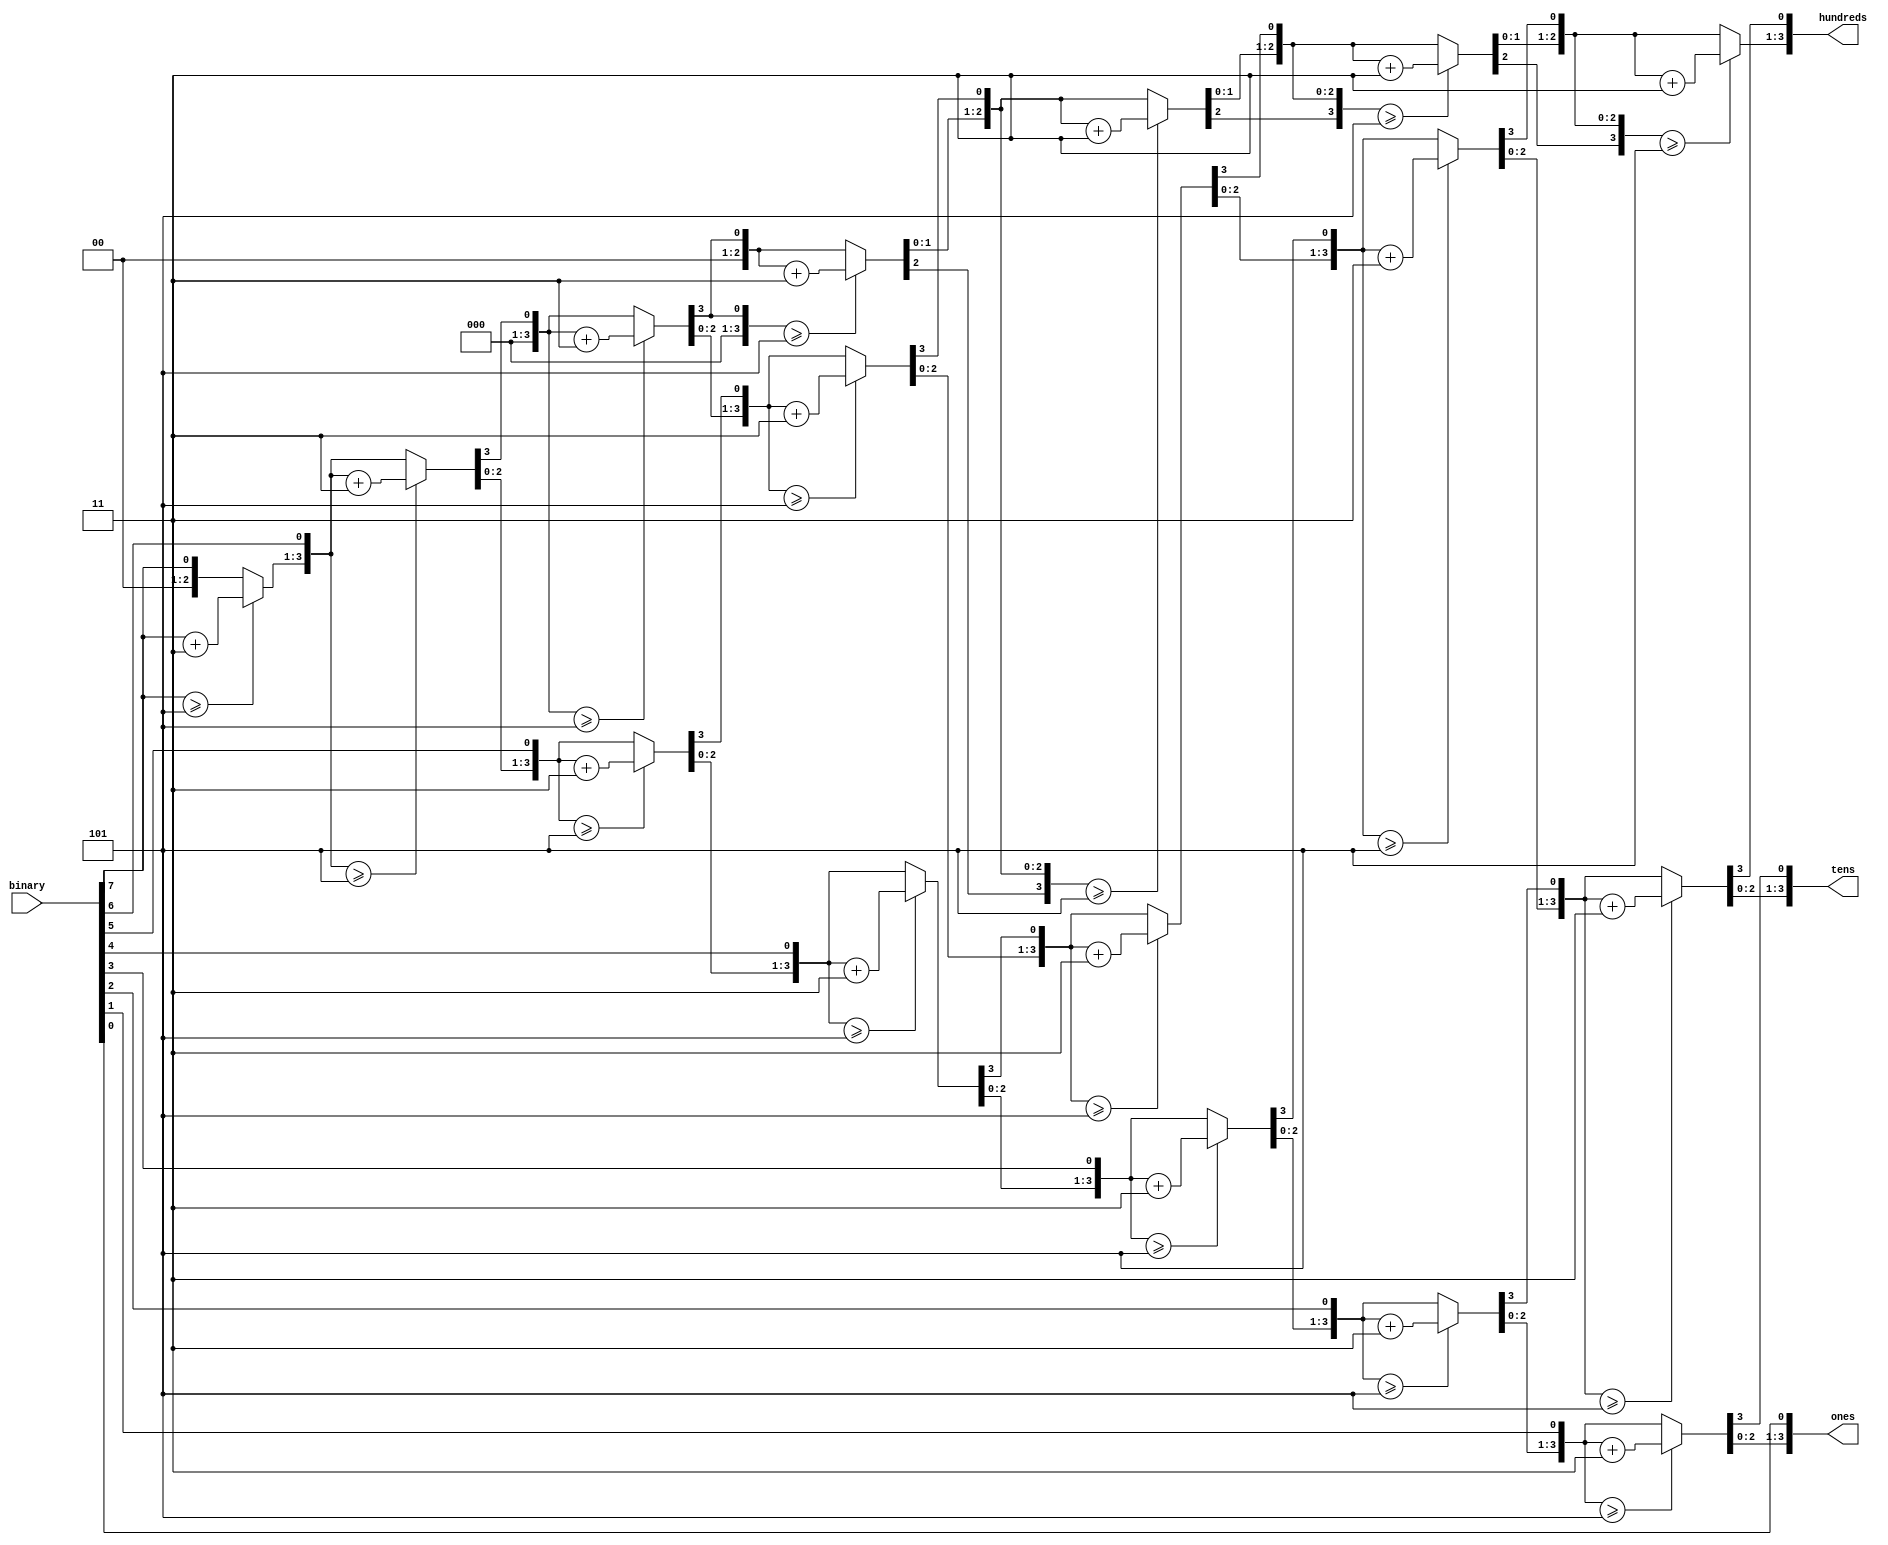
//   Binary to BCD format converter
// 		Adapted from https://my.eng.utah.edu/~nmcdonal/Tutorials/BCDTutorial/BCDConversion.html


module bin2bcd(
	input [7:0]		binary,
	output reg [3:0] hundreds,
	output reg [3:0] tens,
	output reg [3:0] ones
	);
	
	integer i;
	
	always@(binary)
		begin
		hundreds = 4'd0;
		tens = 4'd0;
		ones = 4'd0;
		
		for (i=7; i >= 0; i=i-1)
		begin
			// add 3 to columns >= 5
			if(hundreds >= 5)
				hundreds = hundreds + 3;
			if(tens >= 5)
				tens = tens + 3;
			if(ones >= 5)
				ones = ones + 3;
				
			//shift left ones
			hundreds = hundreds << 1;
			hundreds[0] = tens[3];
			tens = tens << 1;
			tens[0] = ones[3];
			ones = ones << 1;
			ones[0] = binary[i];
		end
	end

endmodule